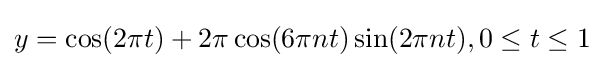
y=\cos(2\pi t)+2\pi \cos(6\pi nt)\sin(2\pi nt),0\leq t\leq 1